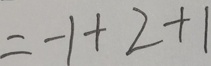
= - 1 + 2 + 1